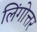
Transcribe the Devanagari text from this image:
लिंगोत्तर